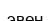
эвен